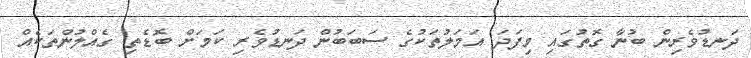
ދަނޑުވެރިން ބުނާ ގޮތުގައި މިފަދަ އަމަލުތަކުގެ ސަބަބުން ދަނޑުވެރި ކަމަށް ބޮޑެތި ގެއްލުންތަކެއް